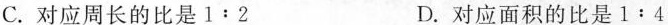
C. 对应周长的比是1:2 D. 对应面积的比是1﹔4